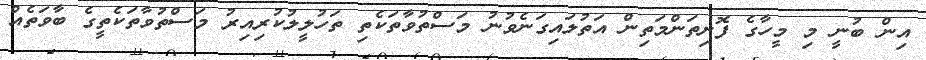
އިން ބުނީ މި މީހާގެ ފޮށިތަންމަތިން އަތުލައިގަނެވުނު މަސްތުވާތަކެތި ތަހުލީލުކުރިއިރު މަސްތުވާތަކެތީގެ ބާވަތެއް